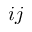
i j